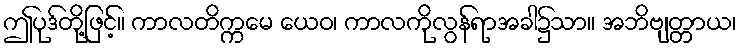
ဤပုဒ်တို့ဖြင့်။ ကာလတိက္ကမေ ယေဝ၊ ကာလကိုလွန်ရာအခါ၌သာ။ အဘိဗျတ္တာယ၊